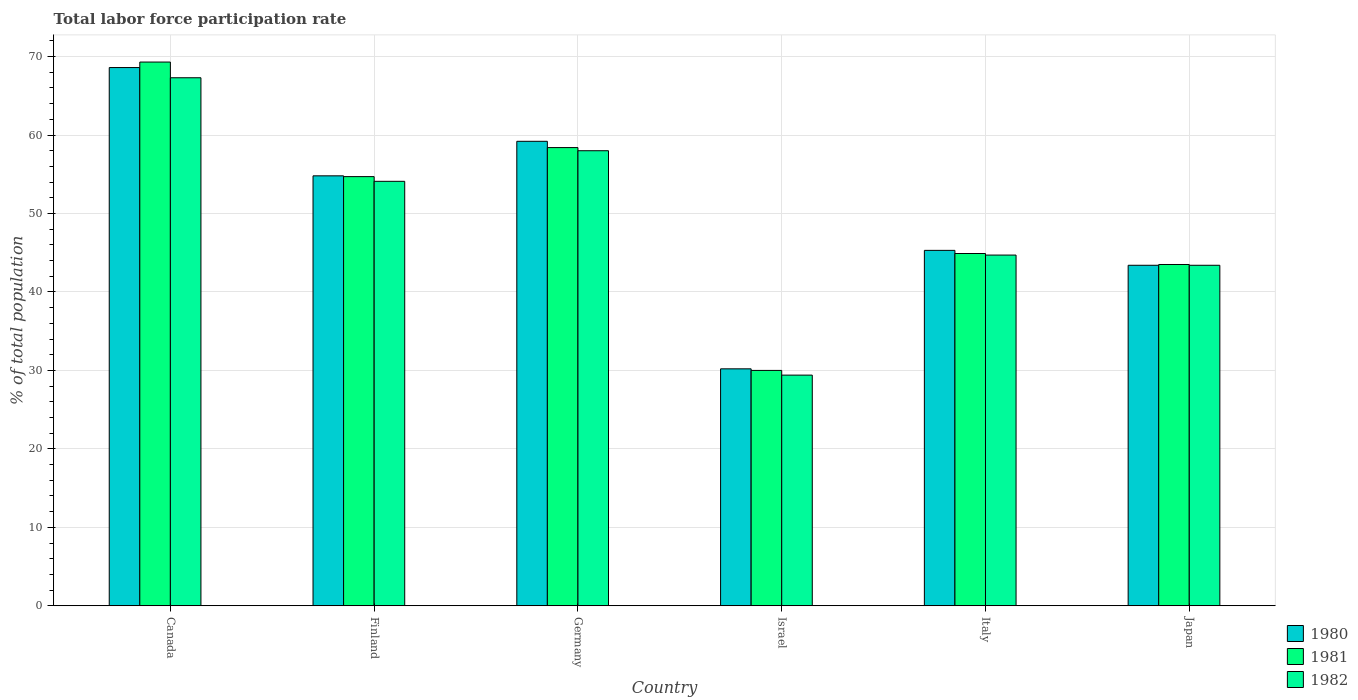
| Country | 1980 | 1981 | 1982 |
 | --- | --- | --- | --- |
 | Canada | 68.6 | 69.3 | 67.3 |
 | Finland | 54.8 | 54.7 | 54.1 |
 | Germany | 59.2 | 58.4 | 58 |
 | Israel | 30.2 | 30 | 29.4 |
 | Italy | 45.3 | 44.9 | 44.7 |
 | Japan | 43.4 | 43.5 | 43.4 |